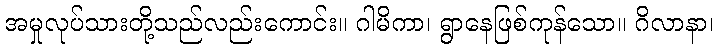
အမှုလုပ်သားတို့သည်လည်းကောင်း။ ဂါမိကာ၊ ရွာနေဖြစ်ကုန်သော။ ဂိလာနာ၊